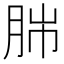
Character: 𦛎